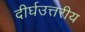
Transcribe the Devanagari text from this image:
दीर्घउत्तरीय